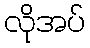
လိုအပ်